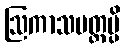
ဩကာသမတ္တမ္ပိ